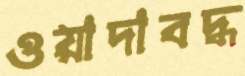
ওয়াদাবদ্ধ